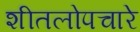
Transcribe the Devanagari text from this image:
शीतलोपचारे